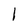
Character: l